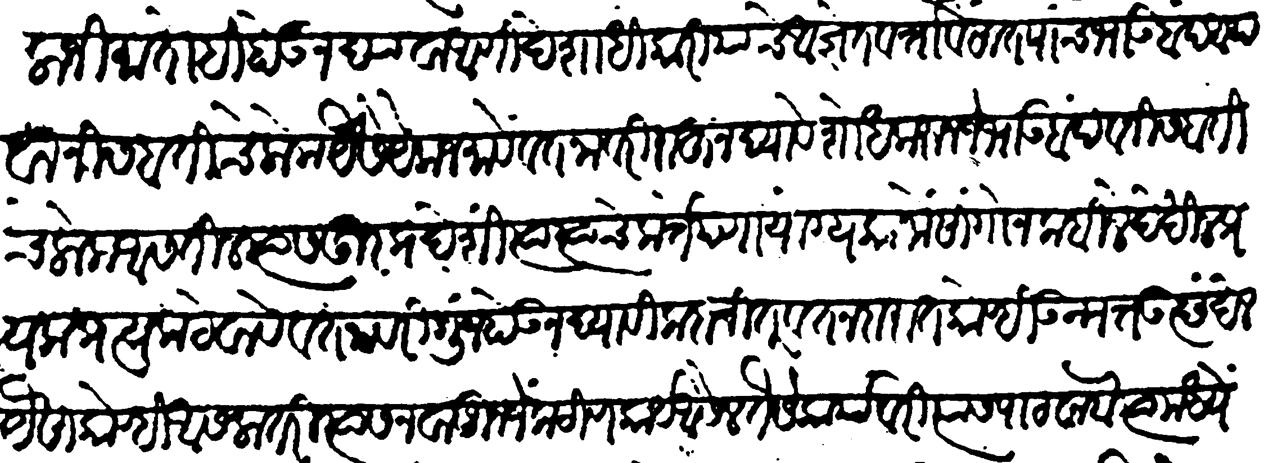
Transliteration (Devanagari): लाजिमा तोहि होऊ न द्यावा आणि देशाधिकारियांचे आज्ञेत वर्तावे सात पांच भाऊबंद अथवा निसबतीचे लोक यैसे येकजमायें वतनावरी राहूं न द्यावे शोध करुन जे भाऊबंद व निसबतीचे लोक असतील त्यास दूर प्रदेशीं त्या त्याचे कर्तेपणा योग्य कामे सांगोन कबिलेदेखील प्रत्यक प्रत्यक ठेवावे वतनावरी गुंज होऊ न द्यावी कदाचित् वतनदारात कोण्ही उन्मत्त उच्छृंखल यैसा कोण्ही असला तरी त्यास नवाजून जें कठीण कार्य असेल तैसे कार्यावरी त्यास पाठवावा त्यामध्यें